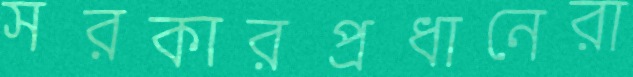
সরকারপ্রধানেরা